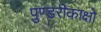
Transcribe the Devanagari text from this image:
पुण्डरीकाक्षो